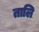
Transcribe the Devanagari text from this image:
तालि